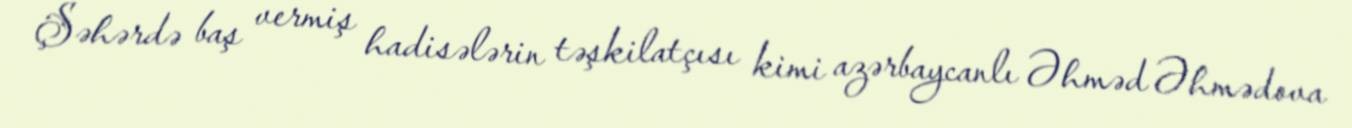
Şəhərdə baş vermiş hadisələrin təşkilatçısı kimi azərbaycanlı Əhməd Əhmədova